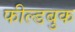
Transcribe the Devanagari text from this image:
फील्डबुक